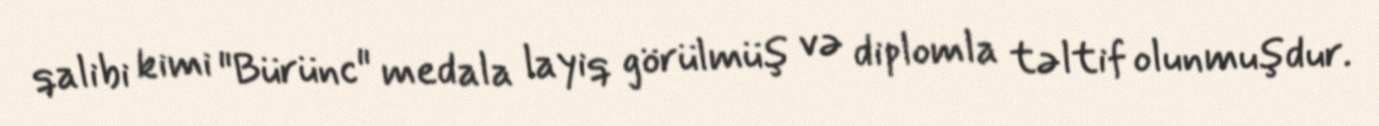
qalibi kimi "Bürünc" medala layiq görülmüş və diplomla təltif olunmuşdur.